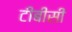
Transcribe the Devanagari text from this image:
टीबीसी